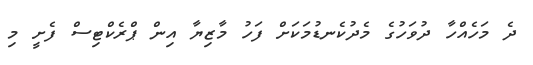
ދެ މަހެއްހާ ދުވަހުގެ މެދުކެނޑުމަކަށް ފަހު މާޒިޔާ އިން ޕްރެކްޓިސް ފެށީ މި